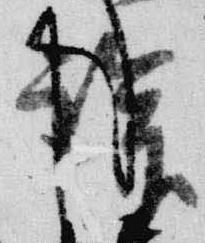
談